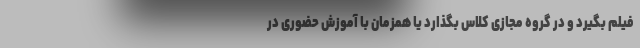
فیلم بگیرد و در گروه مجازی کلاس بگذارد یا همزمان با آموزش حضوری در